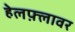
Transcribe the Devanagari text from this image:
हेलफ़्लावर